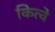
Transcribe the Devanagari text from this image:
कित्वे